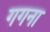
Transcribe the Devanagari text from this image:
गगना